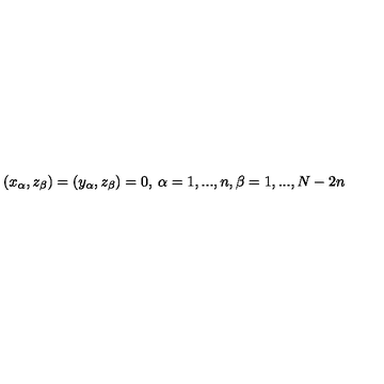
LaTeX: ( x _ { \alpha } , z _ { \beta } ) = ( y _ { \alpha } , z _ { \beta } ) = 0 , \: \alpha = 1 , . . . , n , \beta = 1 , . . . , N - 2 n